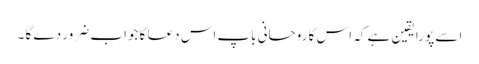
اسے پورا یقین ہے کہ اس کا روحانی باپ اس دعا کا جواب ضرور دے گا ۔